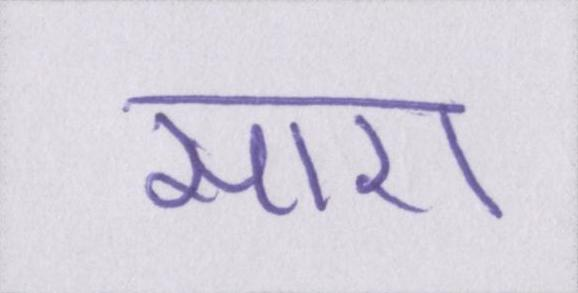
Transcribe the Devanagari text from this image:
सारा